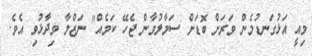
މިއީ އަޅުގަނޑުމެން ވަރަށް ބޮޑަށް ސަމާލުވާން ޖެހޭ ކަމެއް" ނަޒްލާ ވިދާޅުވި އެވެ.